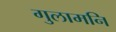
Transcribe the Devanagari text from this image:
गुलामनि